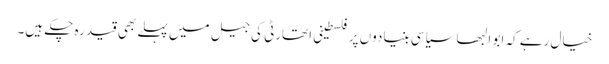
خیال رہے کہ ابو البھا سیاسی بنیادوں پر فلسطینی اتھارٹی کی جیل میں پہلے بھی قید رہ چکے ہیں۔